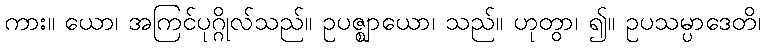
ကား။ ယော၊ အကြင်ပုဂ္ဂိုလ်သည်။ ဥပဇ္ဈာယော၊ သည်။ ဟုတွာ၊ ၍။ ဥပသမ္ပာဒေတိ၊